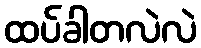
ထပ်ခါတလဲလဲ